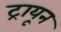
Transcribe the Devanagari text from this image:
ट्रायून